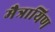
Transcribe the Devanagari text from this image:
मैत्रायिण